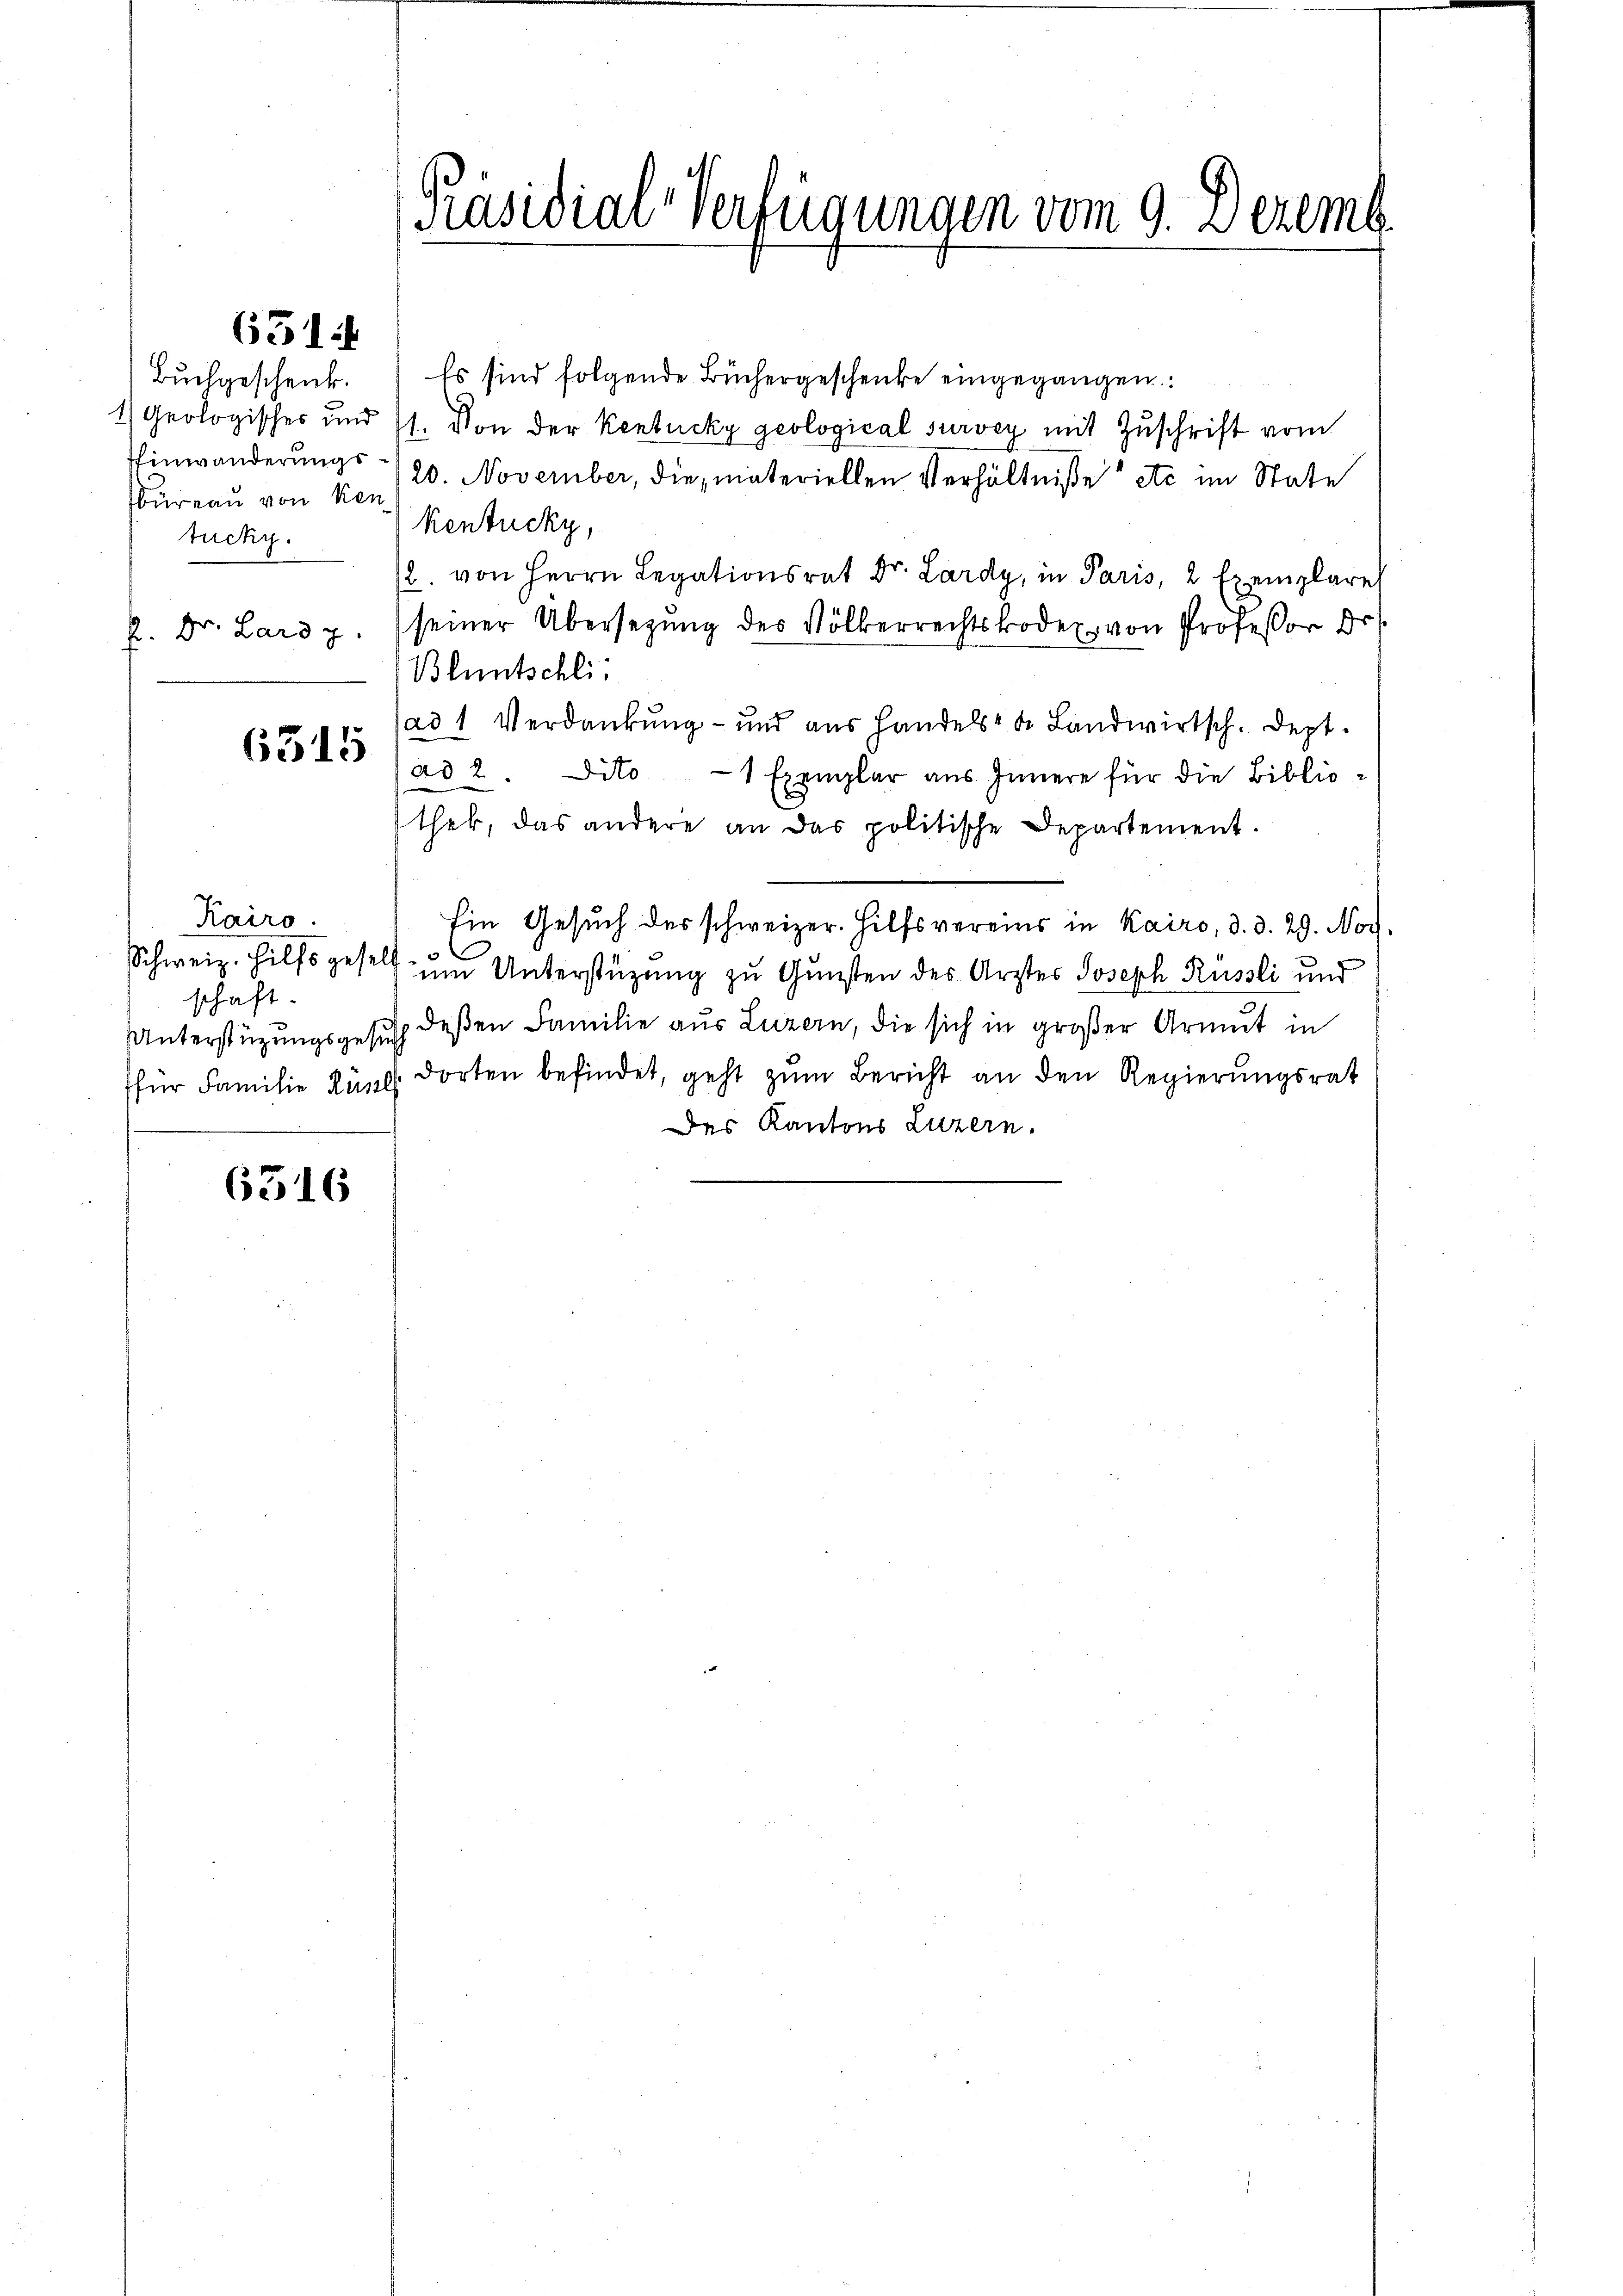
Bureau von Ken
tucky.

651.

6315

6316

Kairo.
schaft.
Unterstüzungsgesuch
für Familie Küst

Bŭchgeschenk. Es sind folgende Büchergeschenke eingegangen.
1) Geologisches und 11. Von der Kentucky geological survey mit Zuschrift vom
Einwänderungs- /20. November, die materiellen Verhältniße etc im State
Kentucky,
2. von Herrn Legationsrat Dr. Lardy, in Paris, 2 Exemplare
2. Dr. Laro z. seiner Übersetzŭng des Völkerrechtskoder von Professor Dr.
Bluntschli
ad 1 Verdankung - und aus Handels de Landwirtsch. Sept.
ad 2. dito 1 Exemplar aŭs Innere für die Biblio-
thek, das andere an das politische Departement.
Ein Gesuch des schweizer. Hilfsvereins in Kairo, 3. d. 29. Nov.
Schweiz. Hilfsgesell ŭm Unterstüzung zu Gunsten des Ärztes Joseph Russli und
deßen Familie aus Luzern, die sich in großer Armut in
dorten befindet, geht zum Bericht an den Regierungsrat
Des Kantons Luzern.

Präsidial-Verfügungen vom 9. Dezem